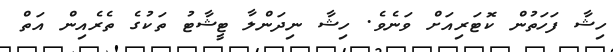
ހިޝާ ފަހަތުން ކޮޓަރިއަށް ވަނެވެ. ހިޝާ ނިދަންލާ ޓީޝާޓު ތަކުގެ ތެރެއިން އަތް